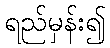
ရည်မှန်း၍